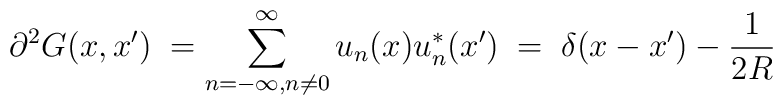
{\partial}^2 G(x, x')\;= \sum_{n=-\infty, n\neq 0}^{\infty}u_{n}(x)u^{*}_n(x')\;=\;\delta (x -x')- \frac{1}{2R}